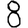
Digit: 8